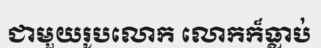
ជាមួយរូបលោក លោកក៏ធ្លាប់